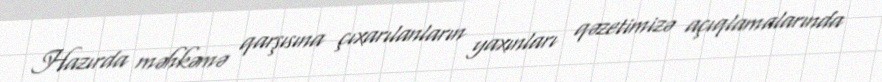
Hazırda məhkəmə qarşısına çıxarılanların yaxınları qəzetimizə açıqlamalarında